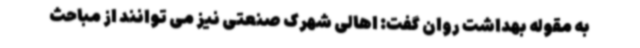
به مقوله بهداشت روان گفت: اهالی شهرک صنعتی نیز می توانند از مباحث